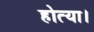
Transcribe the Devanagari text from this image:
होत्या।